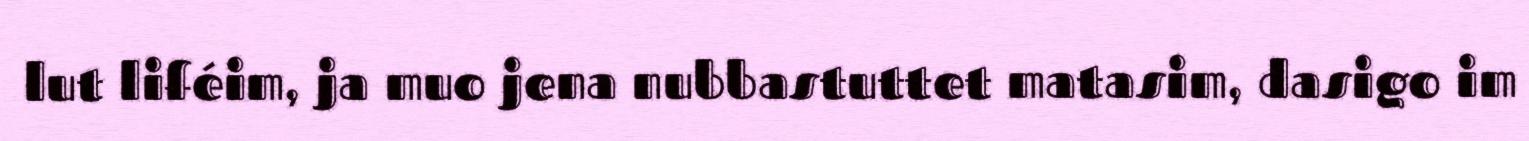
lut liféim, ja muo jena nubbastuttet matasim, dasigo im